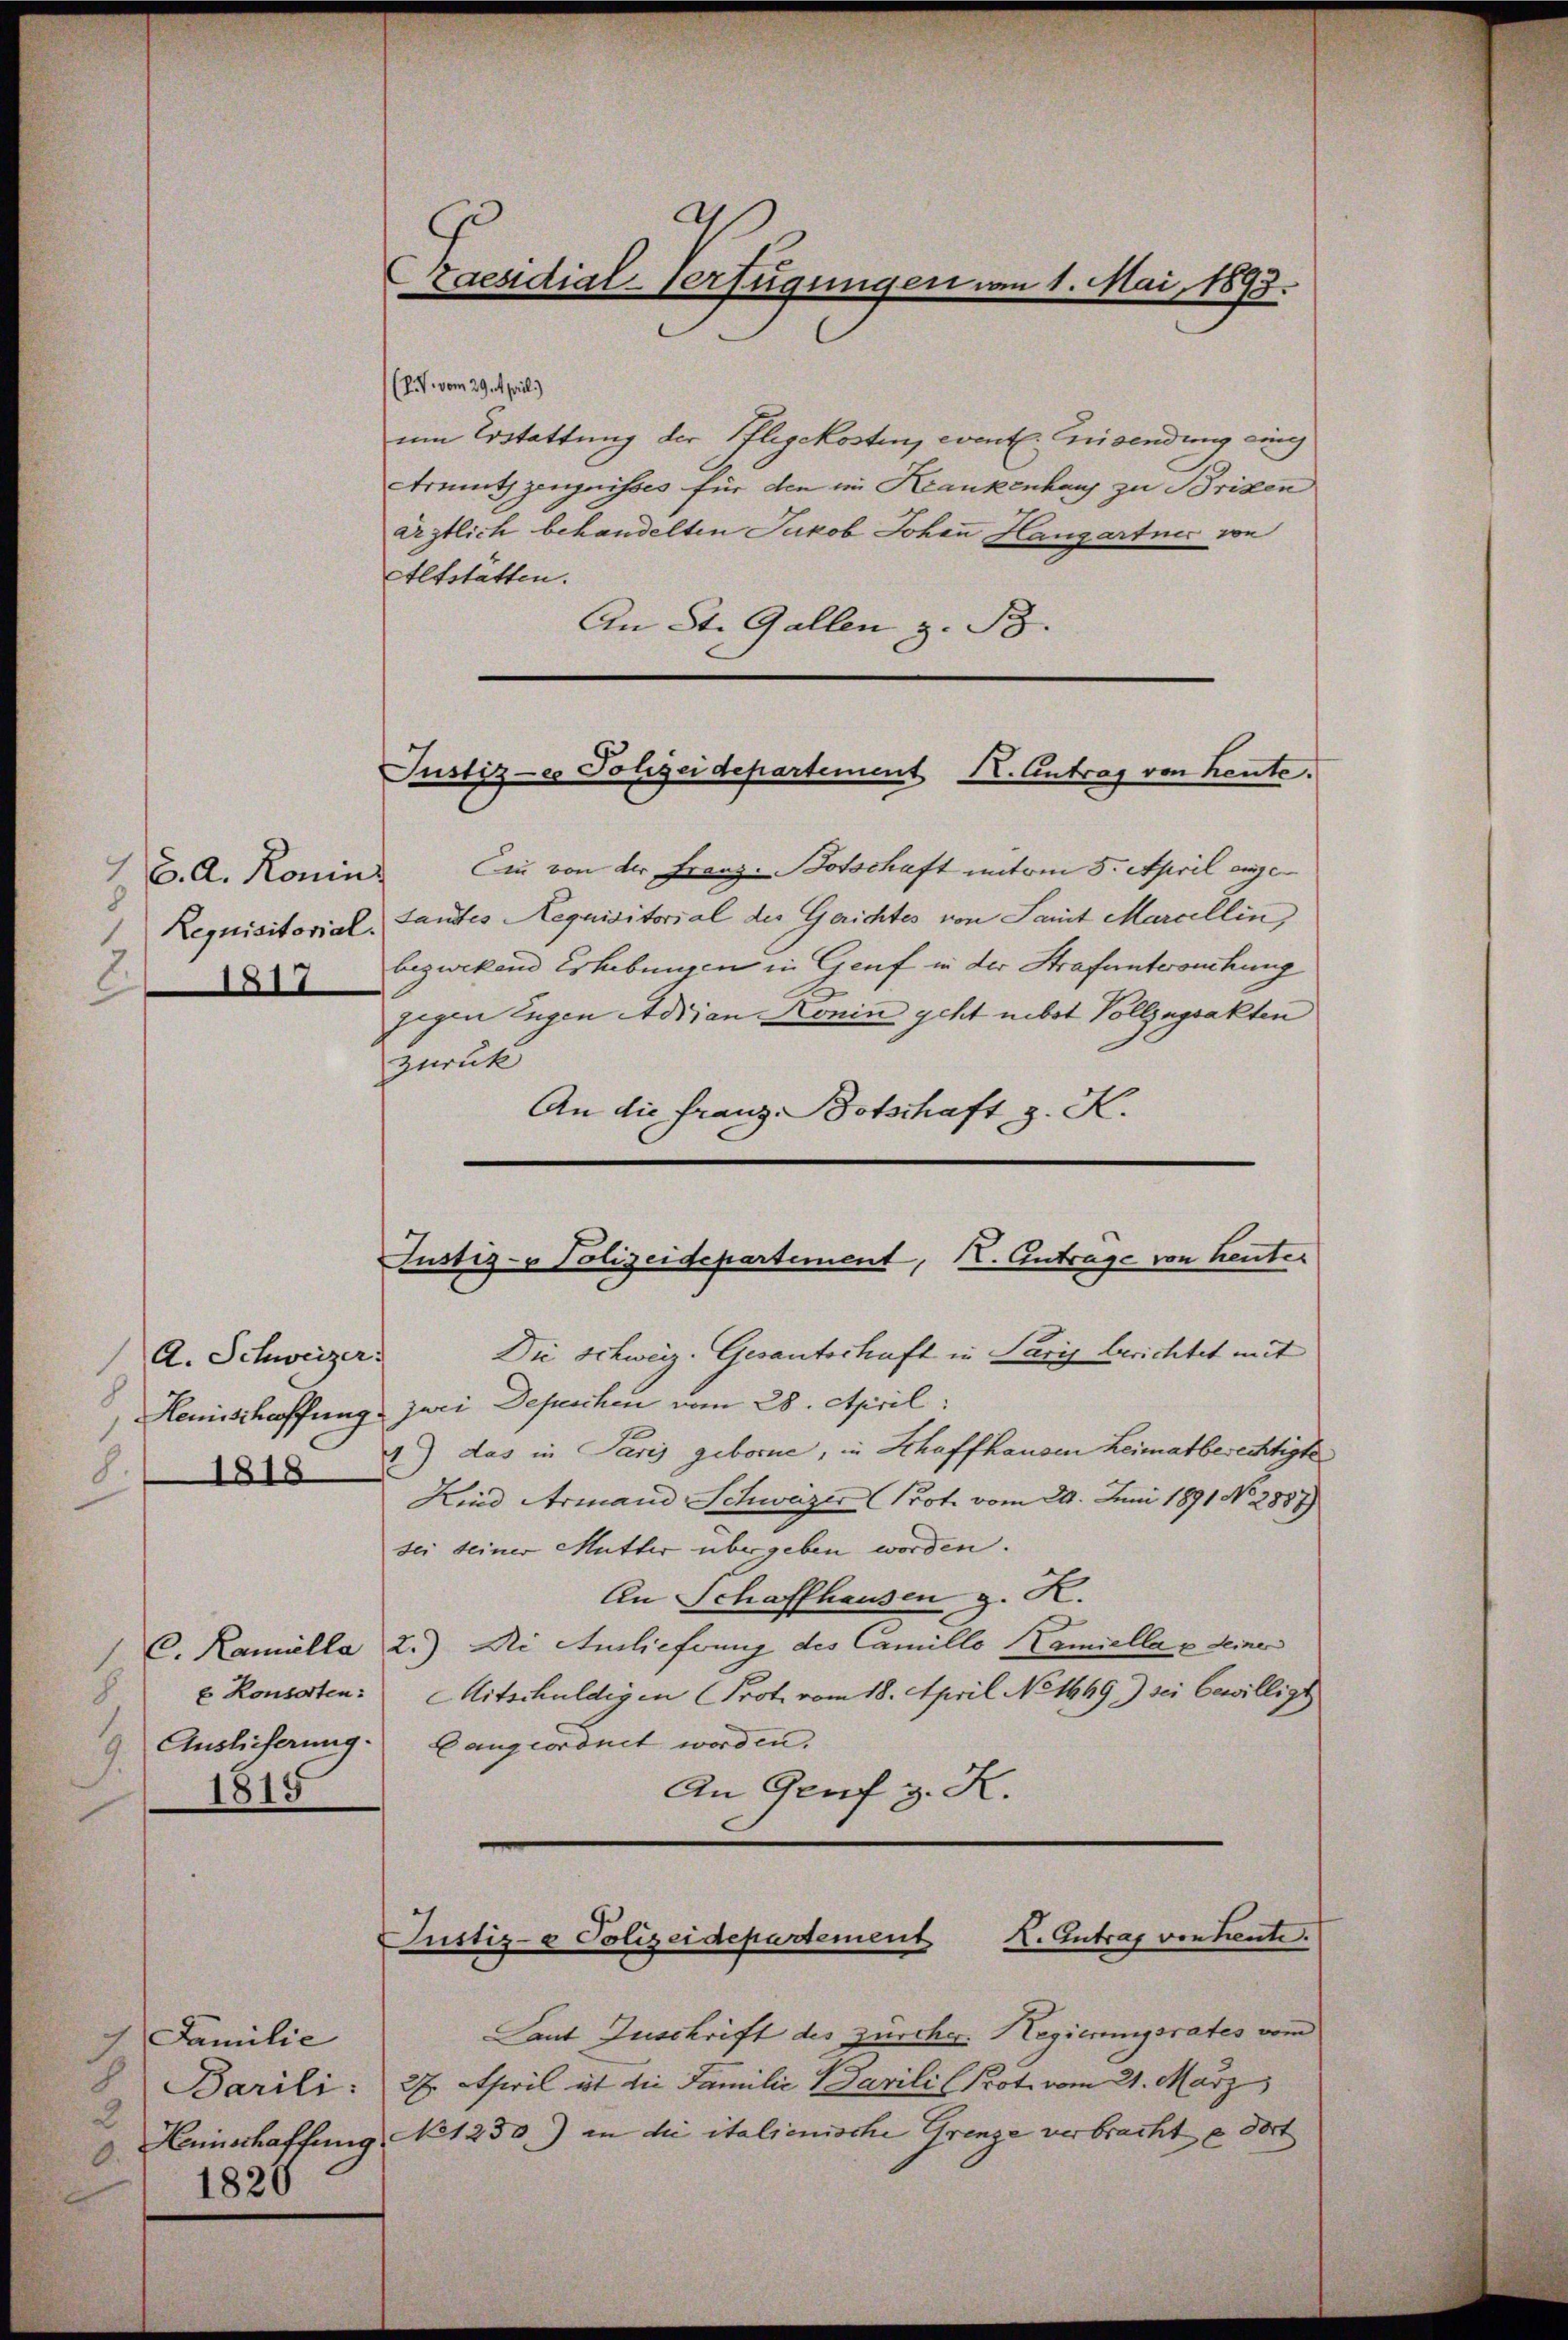
16. A. Konin
8
Requisitorial.
1817
2.

A. Schweizer.
8
1818

1815

Familie
8. Barili.
2
1826

aesidial-Verfügungen vom 1. Mai 1893.

(. V. vom 29. April)
um Erstattung der Pflegekosten, event. Eisendung eing
Armuth zeugnisses für den im Krankenhaus zu Brixen
ärztlich behandelten Jakob Johan Hangartner von
Altstätten.
An St. Gallen z. B.

Din von der Franz. Botschaft unterm 5. April angetantes Requisitorial des Gerichtes von Samit Marcellin
bezwekend Erhebungen in Genf in der Strafuntersuchung
zigen Eugen Adrian Konin geht nebst Vollzugsakten
zurück
An die Franz Botschaft z. K.

Die Schweiz. Gesanterhaft in Paris Berichtet mit
Hemischaffung zwei Depeschen vom 28. April:
4) das in Paris geborne, in Schaffhausen Leimatberechtigte
Kind Armand Schweizer Prot. vom 29. Juni 1891 No 2887)
sei seiner Mutter übergeben worden.
An Schaffhausen z. K.
C. Kamella 2.) Di Anlieferung des Camille Kamiella e seiner
 u Konsorten: Mitschuldigen (Prot vom 18. April No 1649) sei bewilligt
9. Auslieferung. Langeordnet worden.
An Genf z. K.

Justiz-es Polizeidepartement K. Antrag von heute.

Justiz- & Polizeidepartement, I. Antrage von heuter

X. Antrag von heute.
Justiz- & Polizeidepartement

Laut Zuschrift des zürcher. Hegierungsrates vom
27. April ist die Familie Pavili (Prot. vom 21. März
 Hinschaffung No 1230) in die italienische Grenze verbrachte dort